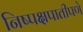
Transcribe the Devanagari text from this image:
निष्पक्षपातीपणे